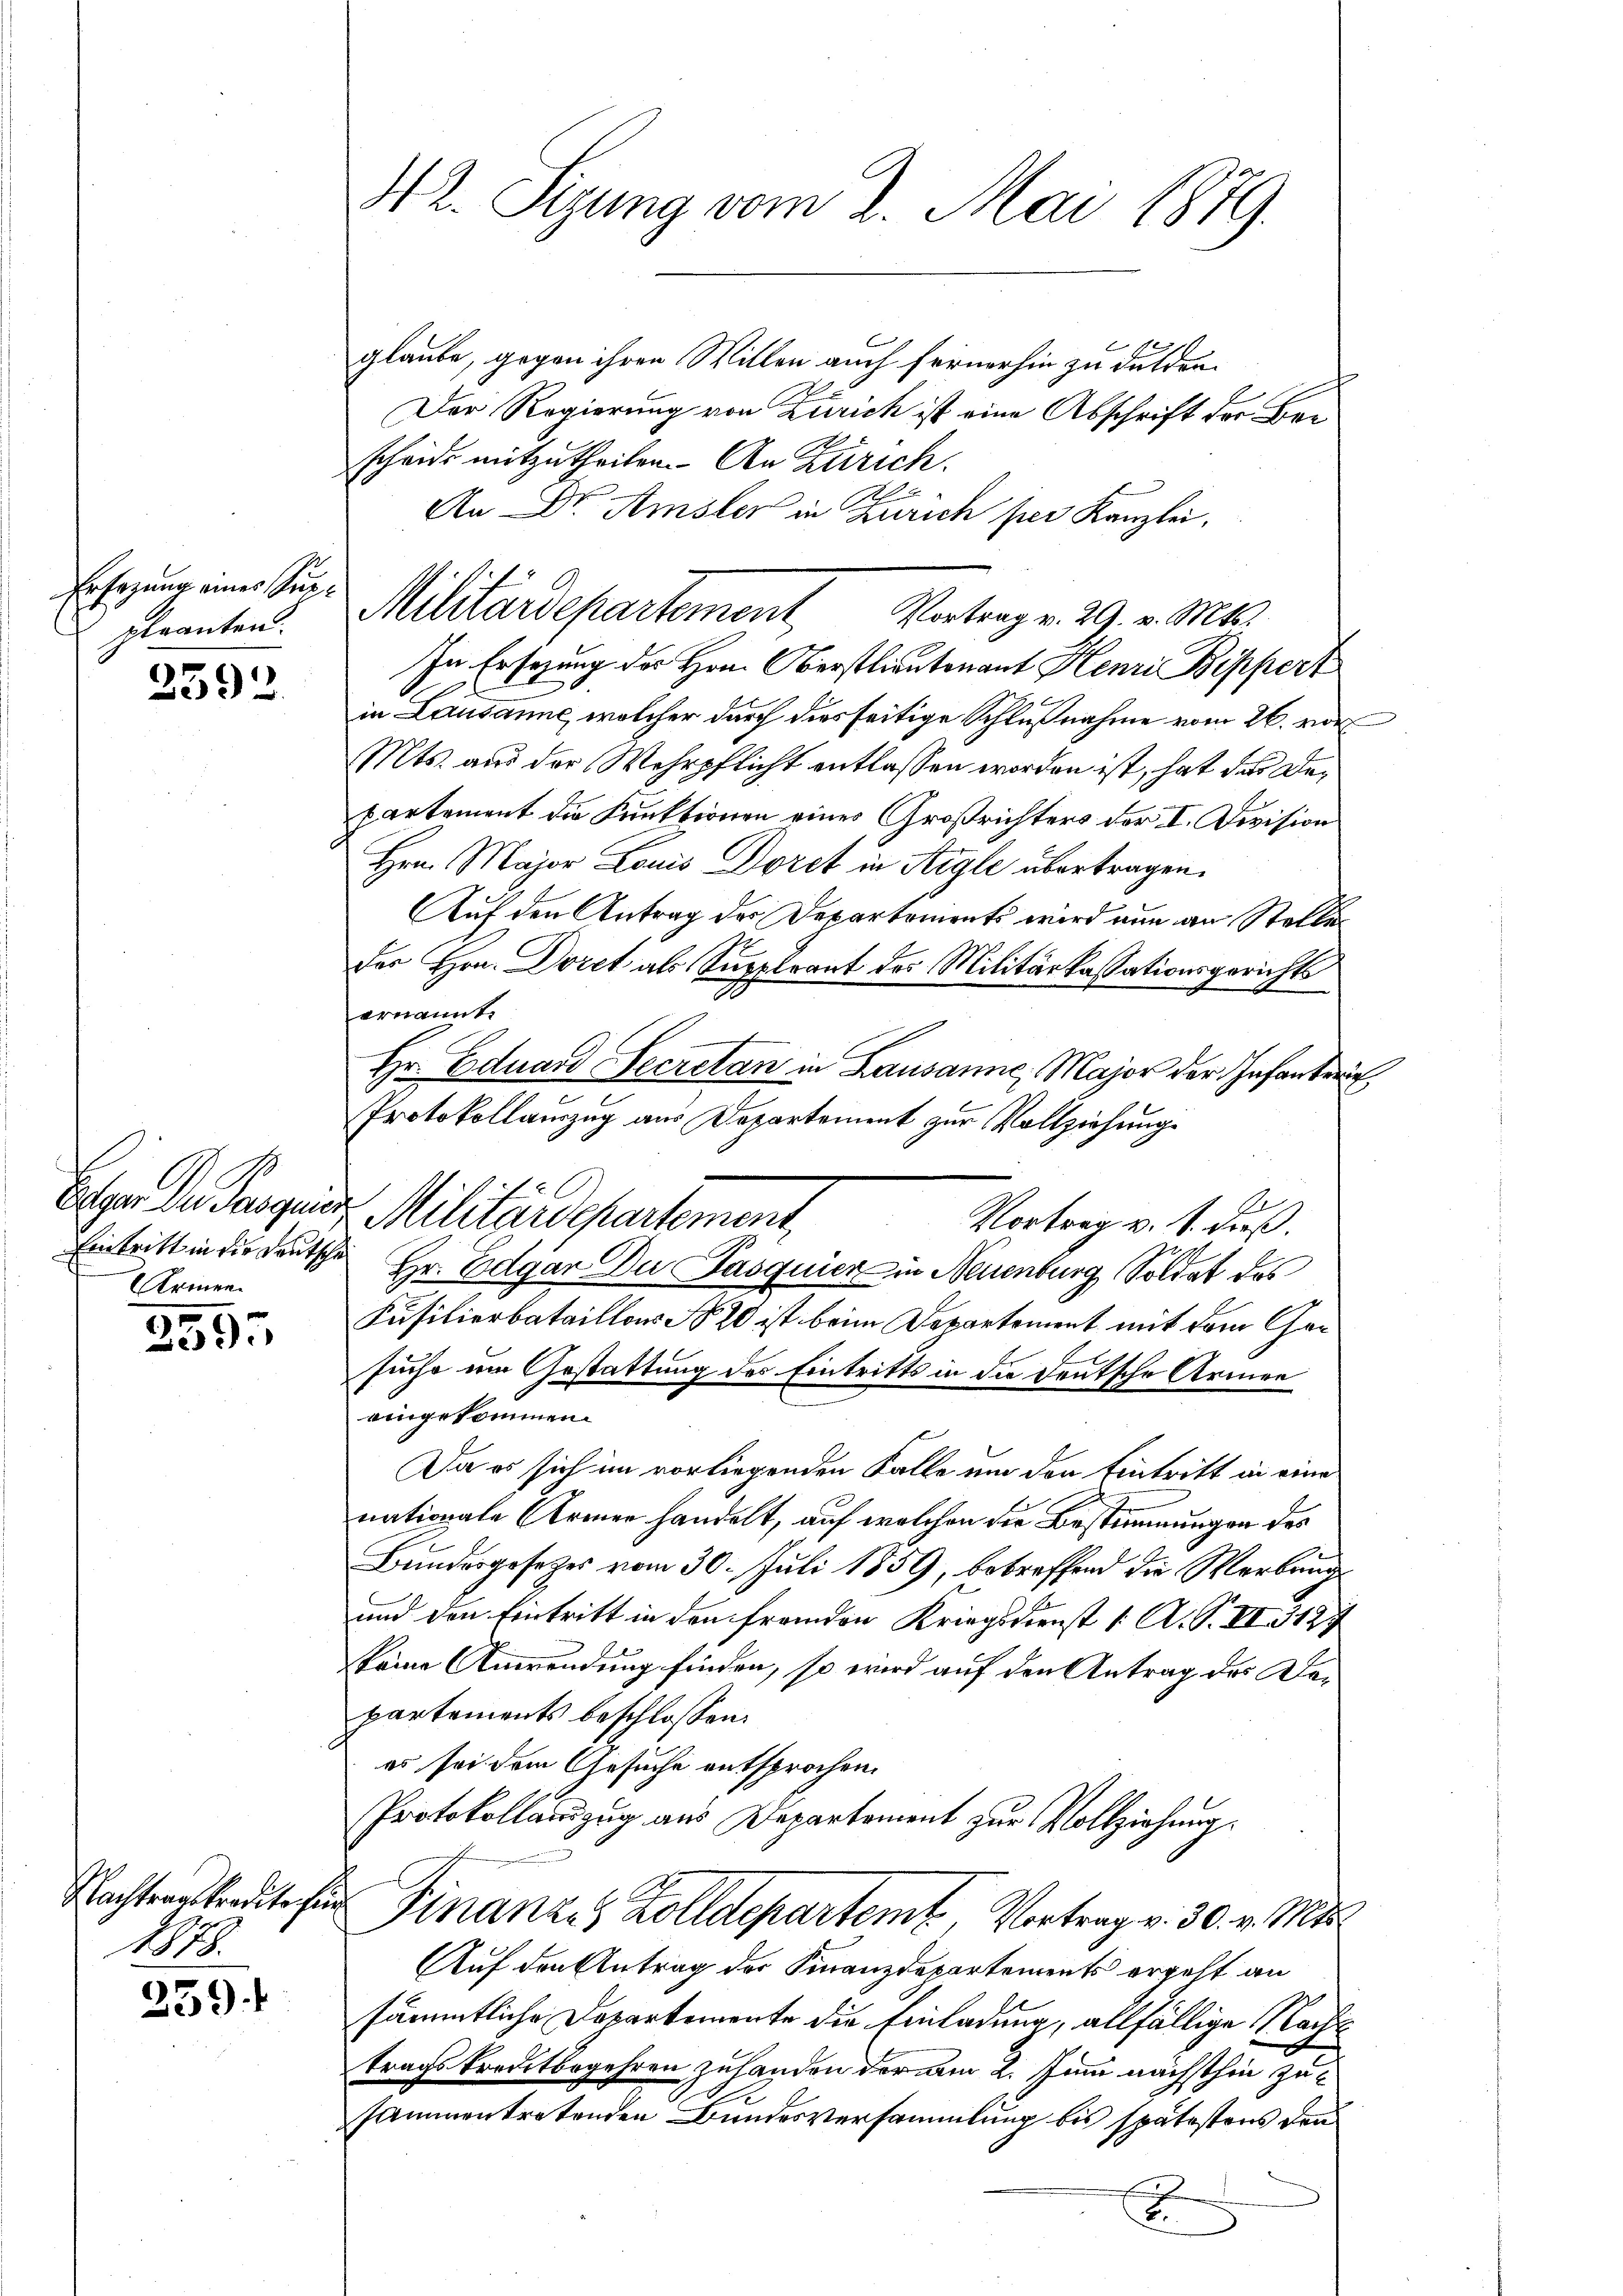
Ersezung einer Supgeranten.

2592

Armen

2555

4878.

259 f

42. Sizung vom 2. Mai 1879.

glaube, gegen ihren Willen auch fernerhin zu dulden.
Der Regierung von Zürich ist eine Abschrift der Brescheide mitzutheilen. An Zürich.
Vortrag v. 29. v. Mts.
In Ersezung des Hrn. Oberstlieutenant Henri Bippert
in Lausanne, welcher durch dies seitige Schlußnahme vom 26. vor
Mts. aus der Wehrpflicht entlassen worden ist, hat das Departement die Funktionen eines Großrichters der I. Division
Hrn. Major Louis Doret in Aigle übertragen.
Auf den Antrag des Departements wird nun an Stelle
der Hrn. Doret als Suppleant des Militärkassationsgerichts
ernannt.
Hr. Eduard Secretan in Lausanne, Major der Infante
Protokollauszug aus Departement zur Vollziehung
A
Vortrag v. J. Groß.
Eintritt in die Deutsche Hr. Edgar Du Pasquier in Neuenburg, Soldat des
Kusilierbataillons No 20 ist beim Departement mit dem Gesuche um Gestattung des Eintritts in die deutsche Armen
eingekommen.
Da es sich im vorliegenden Falle um den Eintritt in eine
nationale Armer handelt, auf welchen die Bestimmungen des
Bundesgesetzes vom 30. Juli 1859, betreffend die Werbungs
und den Eintritt in den fremden Kriegsdienst ( A. S. II 3127
keine Anwendung finden, so wird auf den Antrag des Departements beschlossen:
es sei dem Gesuche entsprochen.
Protokollanzug aus Departement zur Vollziehung.
Nachterstredite sie Finanzes Zolldepartemt, Vortrag v. 30. v. Mts.
Auf den Antrag der Finanzdepartements ergeht an
sämmtliche Departemente die Einladung, allfällige Nach
tragskreditbegehren zuhanden der am 2. Juni nächsthin zusammentretenden Bundesversammlung bis spätestens den
B.

An Dr. Amsler in Zürich per Kanzlei,
Militärdepartement

Eolgen der Parques Militärdepartement,